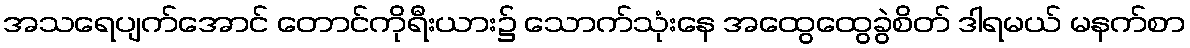
အသရေပျက်အောင် တောင်ကိုရီးယား၌ သောက်သုံးနေ အထွေထွေခွဲစိတ် ဒါရမယ် မနက်စာ